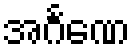
အင်္ဂဏေ